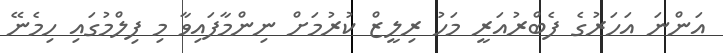
އަންނަ އަހަރުގެ ފެބްރުއަރީ މަހު ރިލީޒް ކުރުމަށް ނިންމާފައިވާ މި ފިލްމުގައި ހިމެނޭ